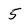
Character: 5